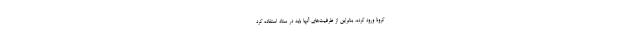
کرونا ورود کرده، بنابراین از ظرفیت‌های آنها باید در ستاد استفاده کرد